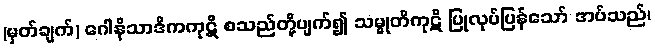
(မှတ်ချက်) ဂေါနိသာဒိကကုဋိ စသည်တို့ပျက်၍ သမ္မုတိကုဋိ ပြုလုပ်ပြန်သော် အပ်သည်၊